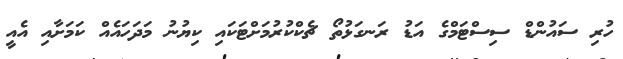
ހުރި ސައުންޑް ސިސްޓަމްގެ އަޑު ރަނގަޅުތޯ ޗެކްކުރުމަށްޓަކައި ކިޔުނު މަދަހައެއް ކަމަށާއި އެއީ